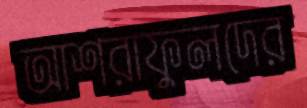
আশরাফুলদের